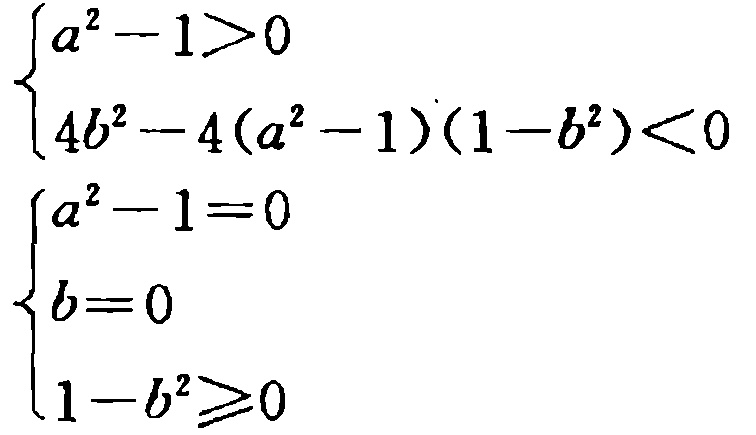
\[\begin{cases}
a^{2}-1>0 \\
4b^{2}-4(a^{2}-1)(1 - b^{2})<0
\end{cases}\]
\[\begin{cases}
a^{2}-1=0 \\
b = 0 \\
1 - b^{2}\geq0
\end{cases}\]